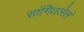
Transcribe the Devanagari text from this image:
सांगितलेलं